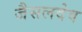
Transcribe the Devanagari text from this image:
जैसलदेव